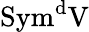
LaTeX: \mathrm{{{Sym}^{d}V}}